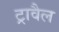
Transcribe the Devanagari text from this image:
ट्रावैल